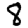
Digit: 8